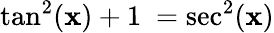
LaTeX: \tan^{2}(\mathbf{x})+1\ =\sec^{2}(\mathbf{x})